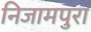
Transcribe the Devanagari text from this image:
निजामपुरा